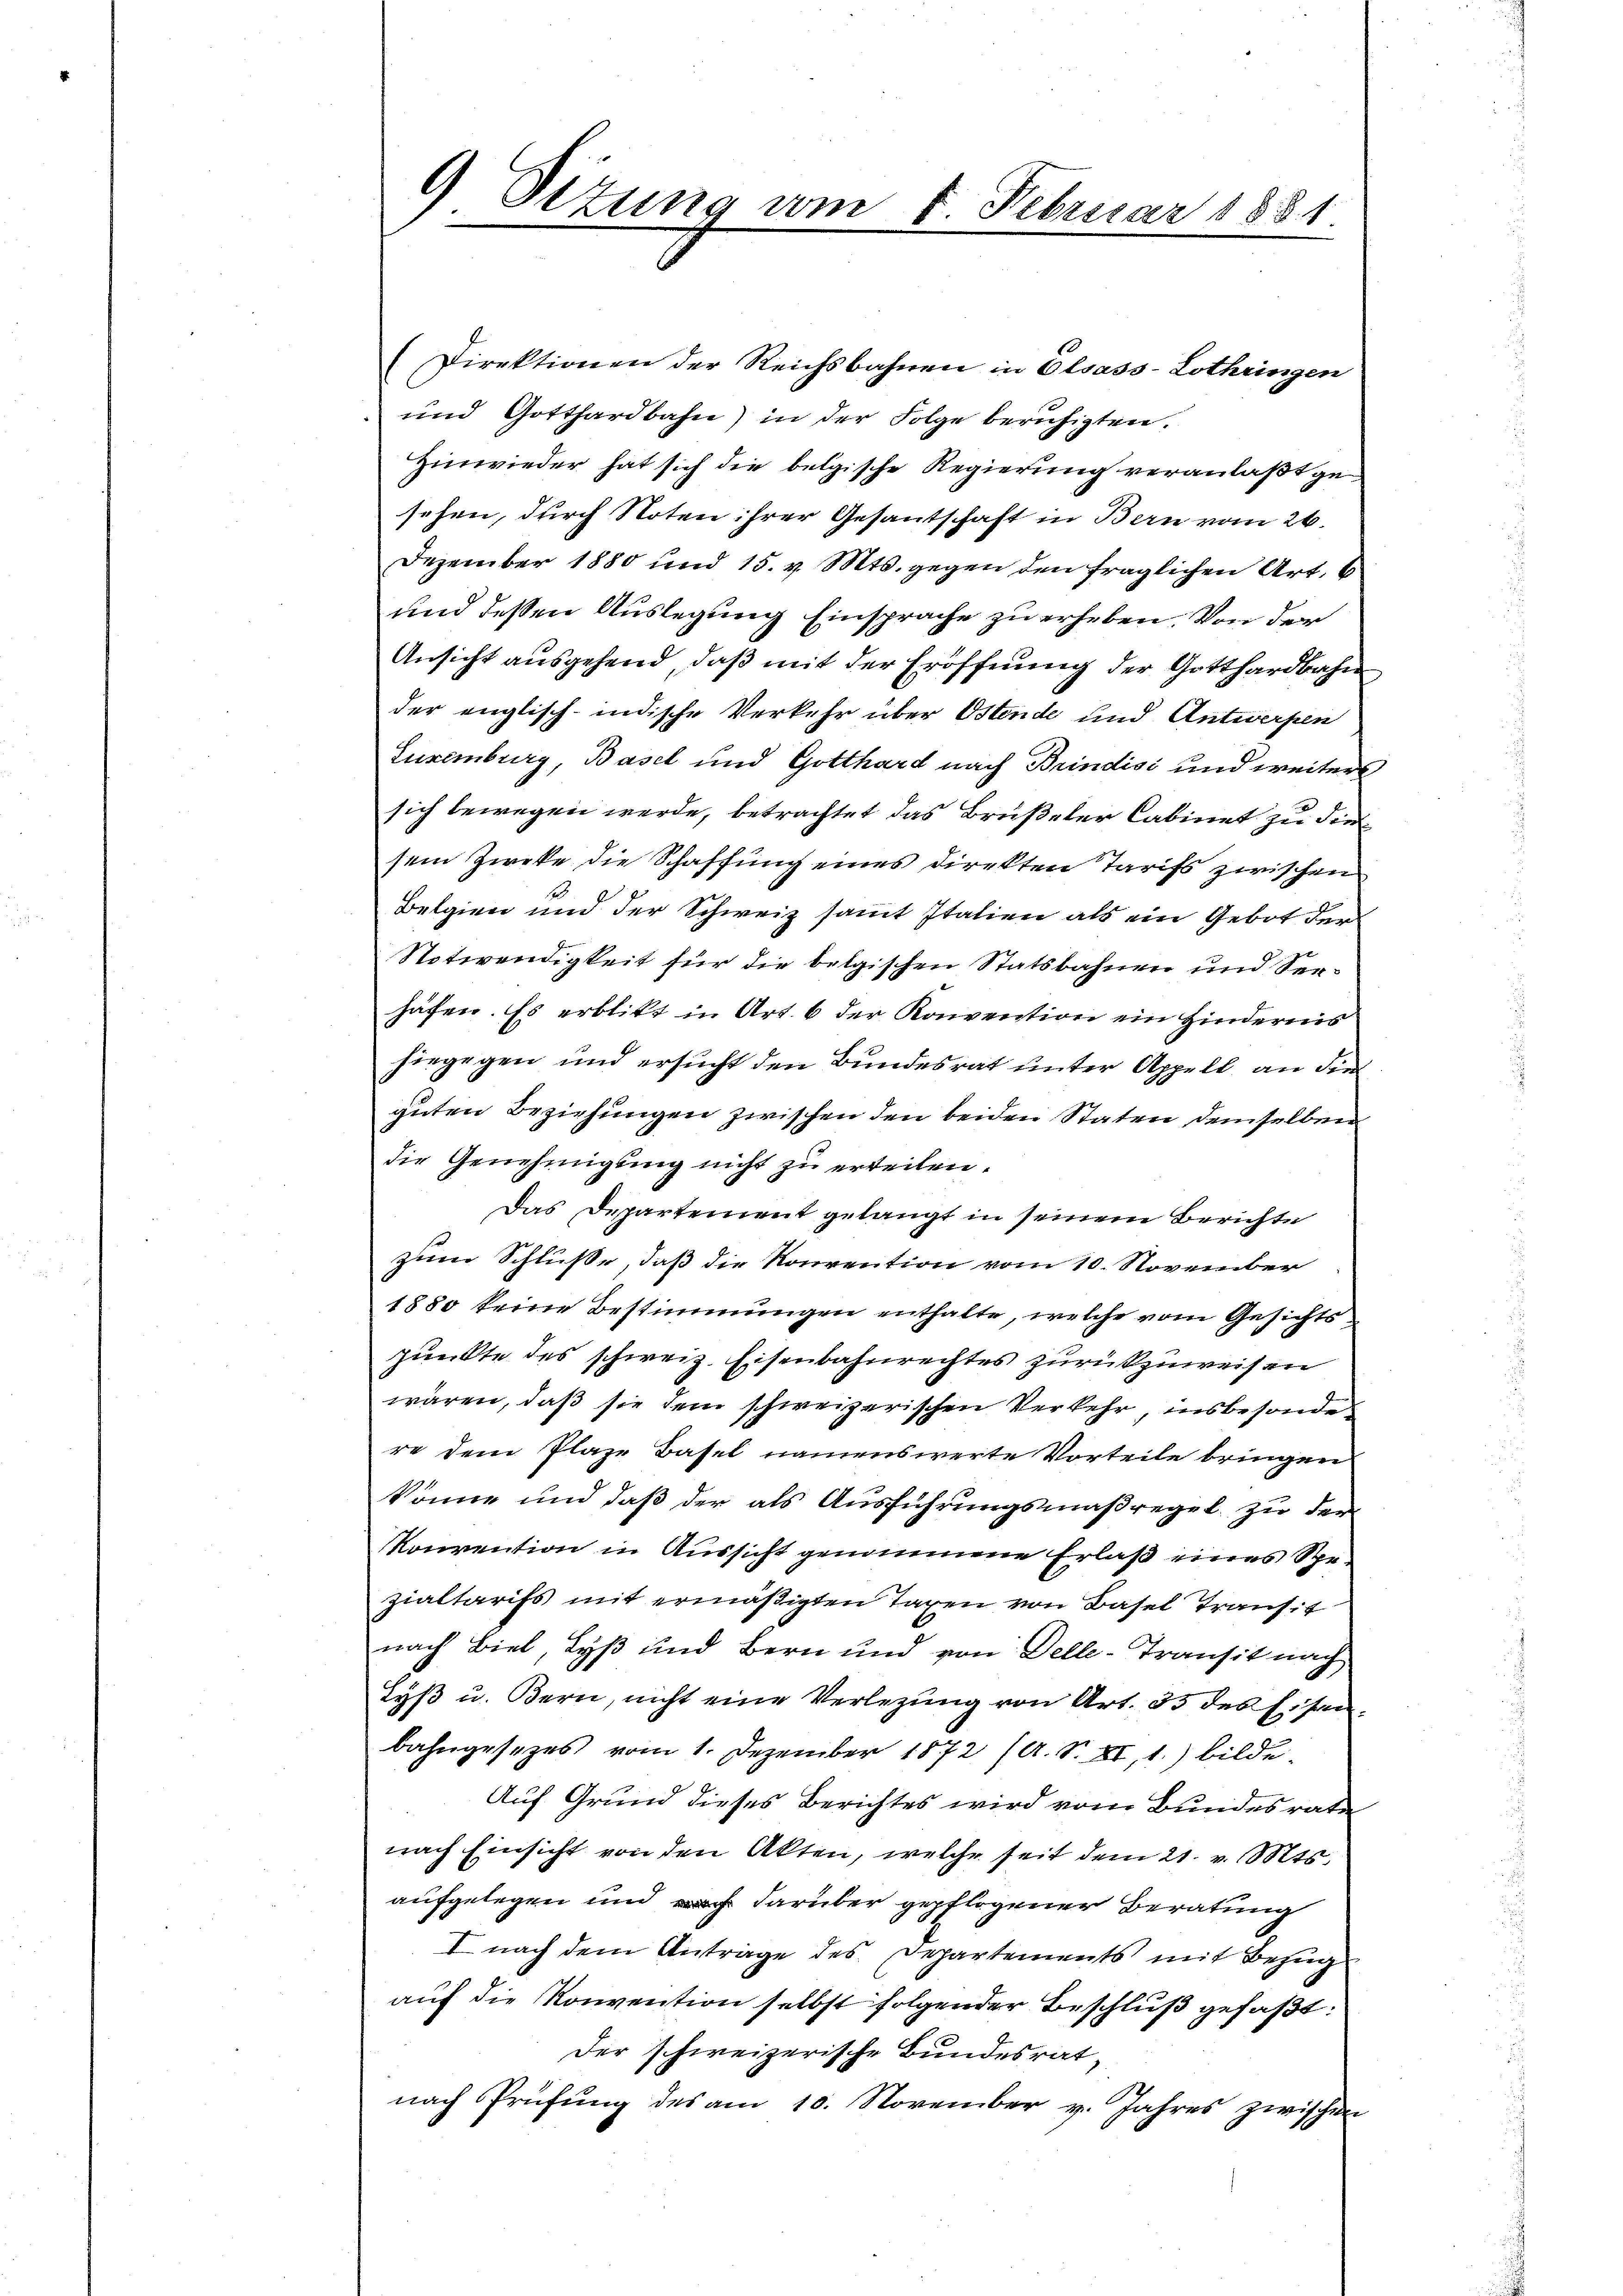
9 Sizung vom 5. Februar 1881

Direktionen der Reichsbahnen in Elsass-Lothringen
und Gotthardbahn) in der Folge beruhigten.
Hinwieder hat sich die belgische Regierung veranlaßt gesehen, durch Noten ihrer Gesantschaft in Bern vom 26.
Dezember 1880 und 15. v. Mts. gegen den fraglichen Art. 6
und dessen Auslegung Einsprache zu erheben. Von der
Ansicht aŭsgehend, daβ mit der Eröffnŭng der Gotthardbahn
der englisch-indische Verkehr über Ostende und Antwerpen
Luxenburg, Basel und Gotthard nach Brindisi und weiter
sich bewegen werde, betrachtet das Brüßeler Cabinet zu die
sein Zweke die Schaffung eines direkten Tarifs zwischen
Belgien und der Schweiz sammt Italien als ein Gebot der
Notwendigkeit für die belgischen Statsbahnen und Seehäfen. Es erblikt in Art. 6 der Konvention ein Hindernis
hiegegen und ersucht den Bundesrat unter Appell, an die
guten Beziehungen zwischen den beiden Staten demselben
die Genehmigung nicht zu erteilen.
Das Departement gelangt in seinem Berichte
zum Schlüsse, daß die Konvention vom 10. November
1880 keine Bestimmungen enthalte, welche vom Gesichtspunkte des schweiz. Eisenbahnrechtes zurückzuweisen
wären, daß sie dem schweizerischen Verkehr, insbesonde
re dem Plaze Basel namenswerte Vorteile bringen
könne und daß der als Ausführungsmaßregel zu der
Konvention in Aussicht genommene Erlaß eines Spezialtarifs mit ermäßigten Taxen von Basel Transit
nach Biel, Lyß und Bern und von Delle-Transit nach
Lyß u. Bern, nicht eine Verlegung von Art. 33 des Eisen
bahngesetzes vom 1. Dezember 1872 (A. S. XI, 1.) bilde
Auf Grund dieses Berichtes wird vom Bundesrate
nach Einsicht von den Akten, welche seit dem 21. v. Mts.
aufgelegen und nach darüber gepflogener Beratung
I nach dem Anträge des Departements mit Bezug
auf die Konvention selbst folgender Beschluß gefaßt:
der schweizerische Bundesrat
nach Prüfung des am 10. November v. Jahres zwischen